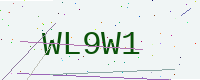
Text: WL9W1